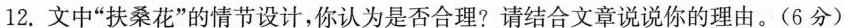
12.文中“扶桑花”的情节设计，你认为是否合理?请结合文章说说你的理由。(6分)